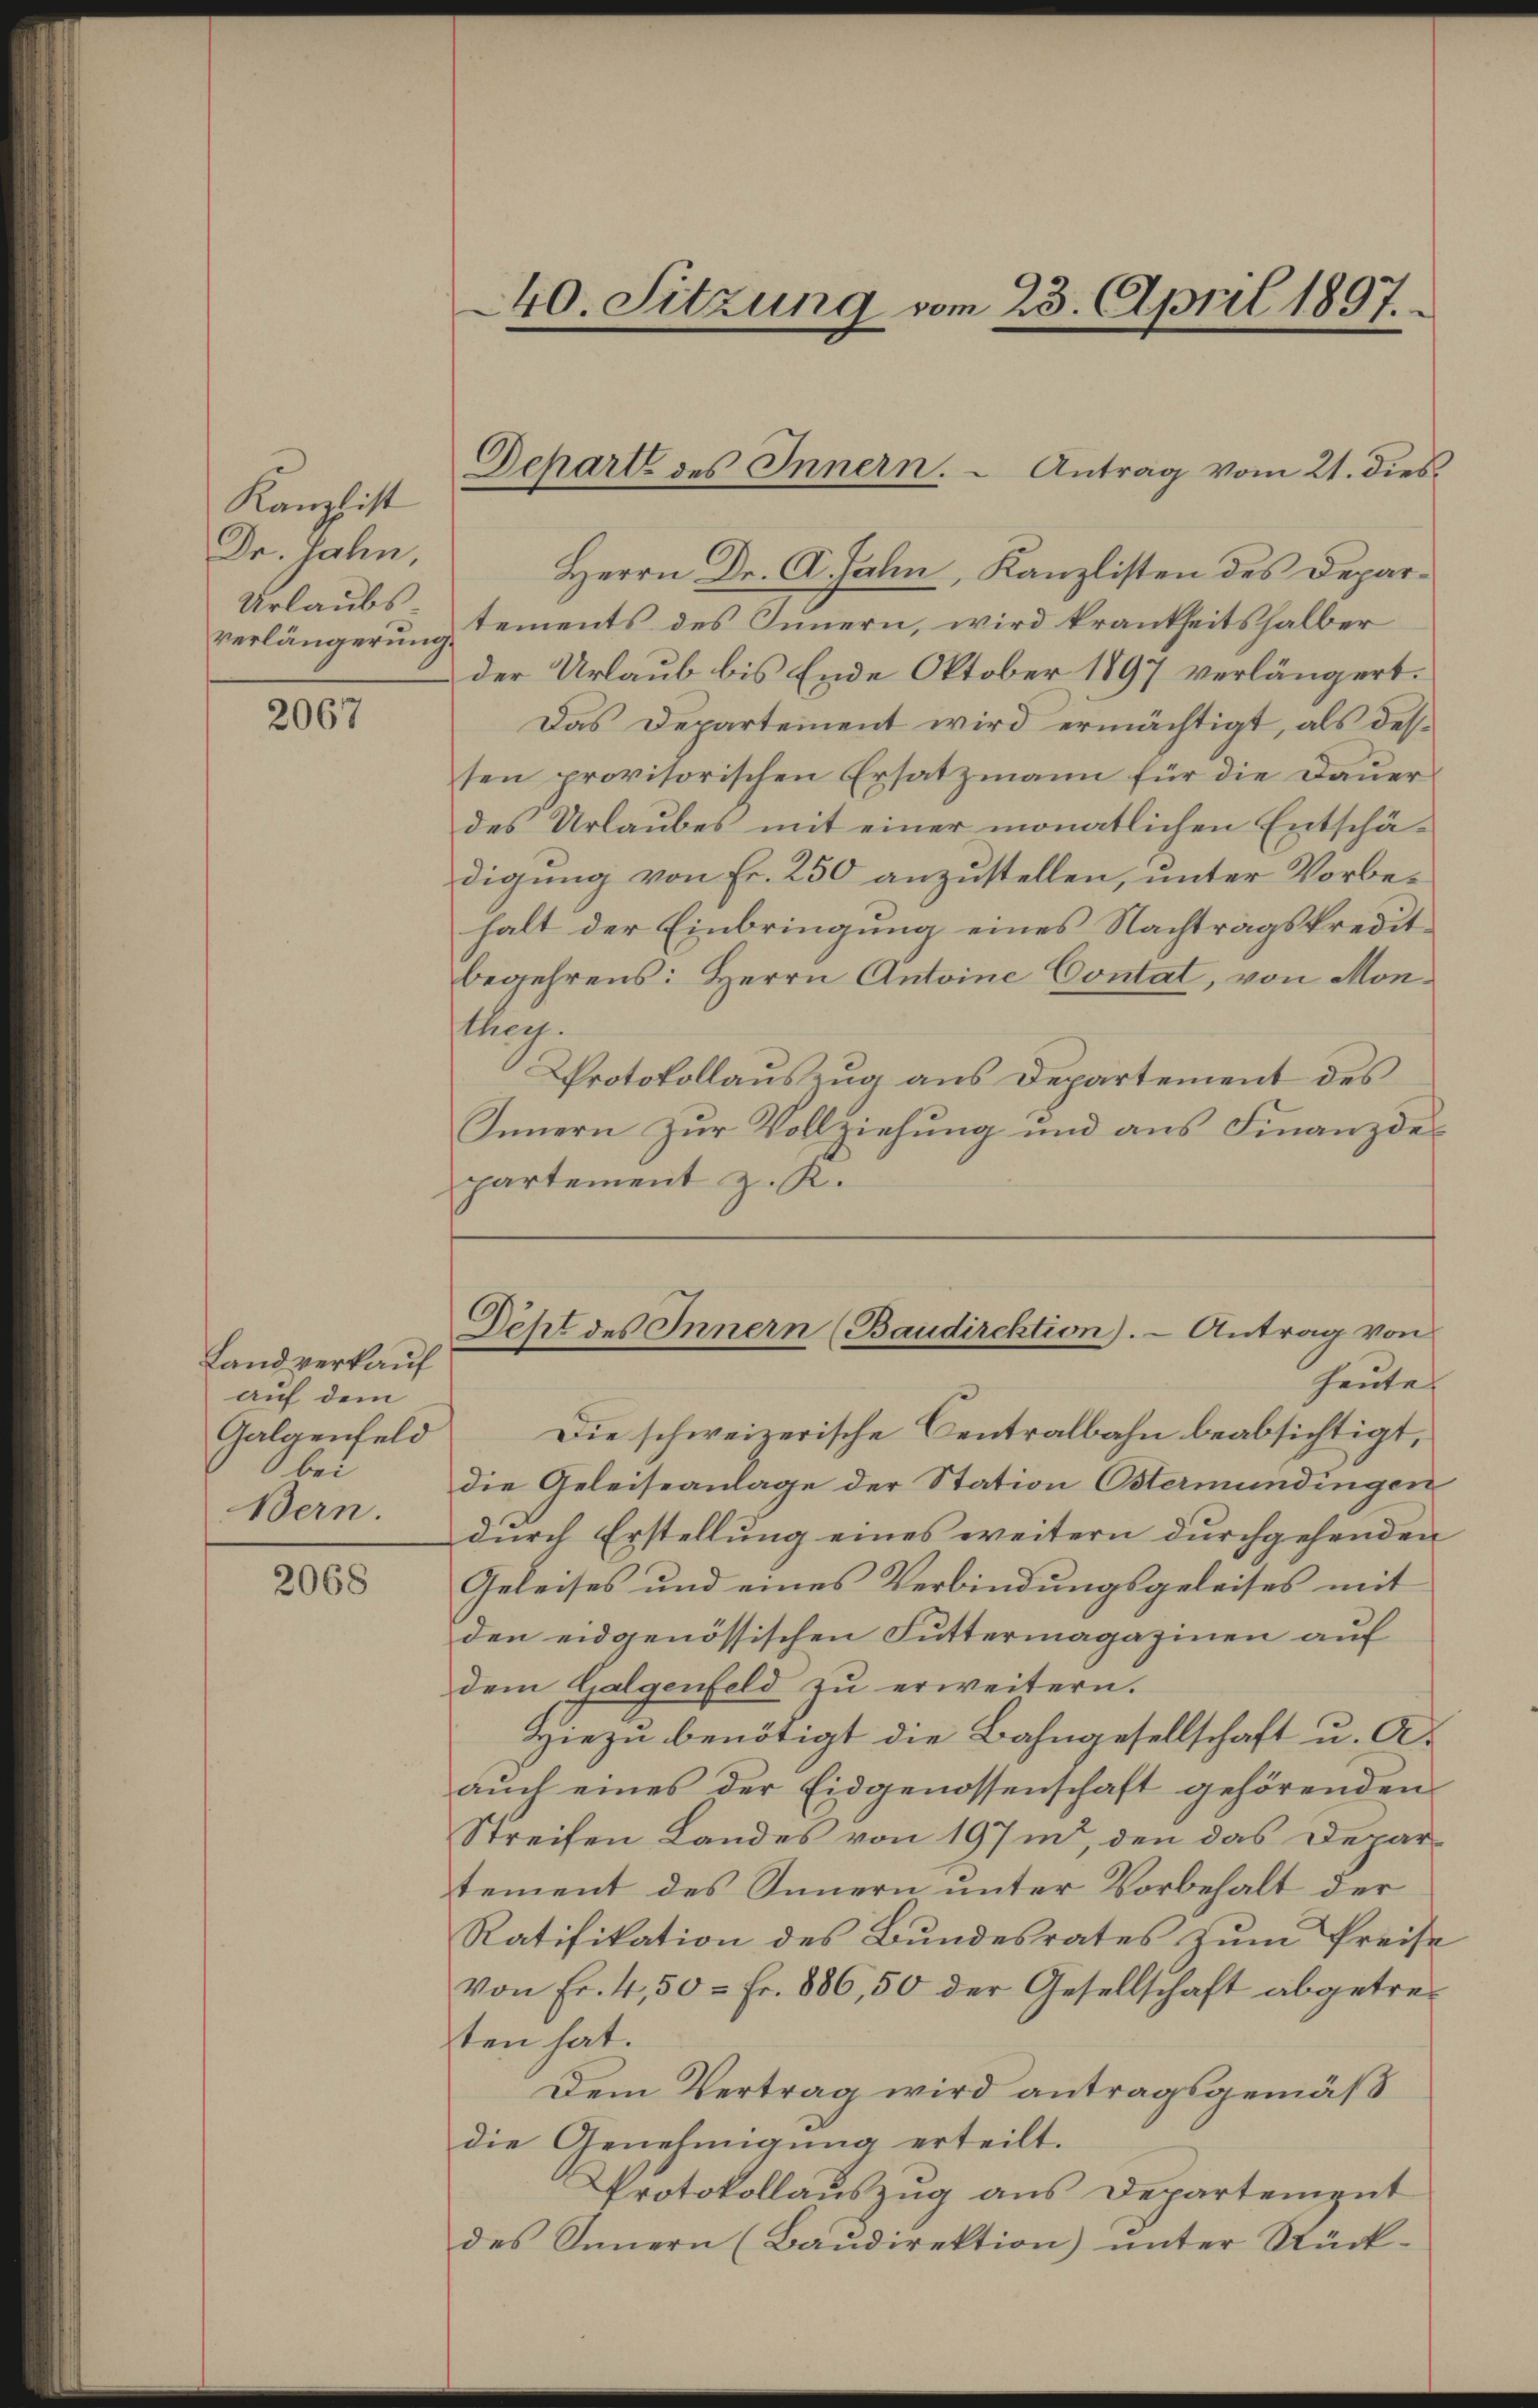
Kanzlist
Dr. Jahn,
Urlaubs
verlängerung.

2067

Landverkauf
auf dem
Galgenfeld
bei
Bern.

2068

40. Sitzung vom 23. April 1897.

Herrn Dr. C. Jahn, Kanzlisten des Departements des Innern, wird krankheitshalber
der Urlaub bis Ende Oktober 1897 verlängert.
Das Departement wird ermächtigt, als desten provisorischen Ersatzmann für die Dauer
des Urlaubes mit einer monatlichen Entschädigung von Fr. 250 anzustellen, unter Vorbehalt der Einbringung eines Nachtragskredit
begehrens: Herrn Antoine Contat, von Mon¬
Mag.
Protokollauszug aus Departement des
Innern zur Vollziehung und aus Finanzdepartement z. K.

Dehart des Innern. Antrag vom 21. dies¬

Deht des Innern (Baudirektion). - Antrag von
heute

Die schweizerische Centralbahn beabsichtigt,
die Geleiseanlage der Station Ostermündingen
durch Erstellung eines weitern durchgehenden
Geleises und eines Verbindungsgeleises mit
den eidgenössischen Futtermagazinen auf
dem Galgenfeld zu erweitern.
Hiezu benötigt die Bahngesellschaft u. A.
aŭch eines der Eidgenossenschaft gehörenden
Streifen Landes von 197 m, den das Departement des Innern unter Vorbehalt der
Ratifikation des Bundesrates zŭm Preise
von Fr. 4,50 = Fr. 886,50 der Gesellschaft abgetreten hat.
Dem Vertrag wird antragsgemäß
die Genehmigung erteilt.
Protokollauszug aus Departement
des Innern (Baŭdirektion) ŭnter Rück-